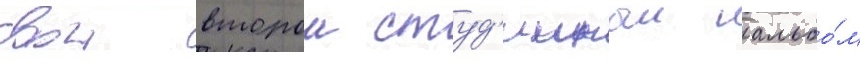
свои второи студ'ииныи альбо́м